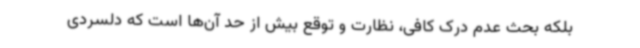
بلکه بحث عدم درک کافی، نظارت و توقع بیش از حد آن‌ها است که دلسردی